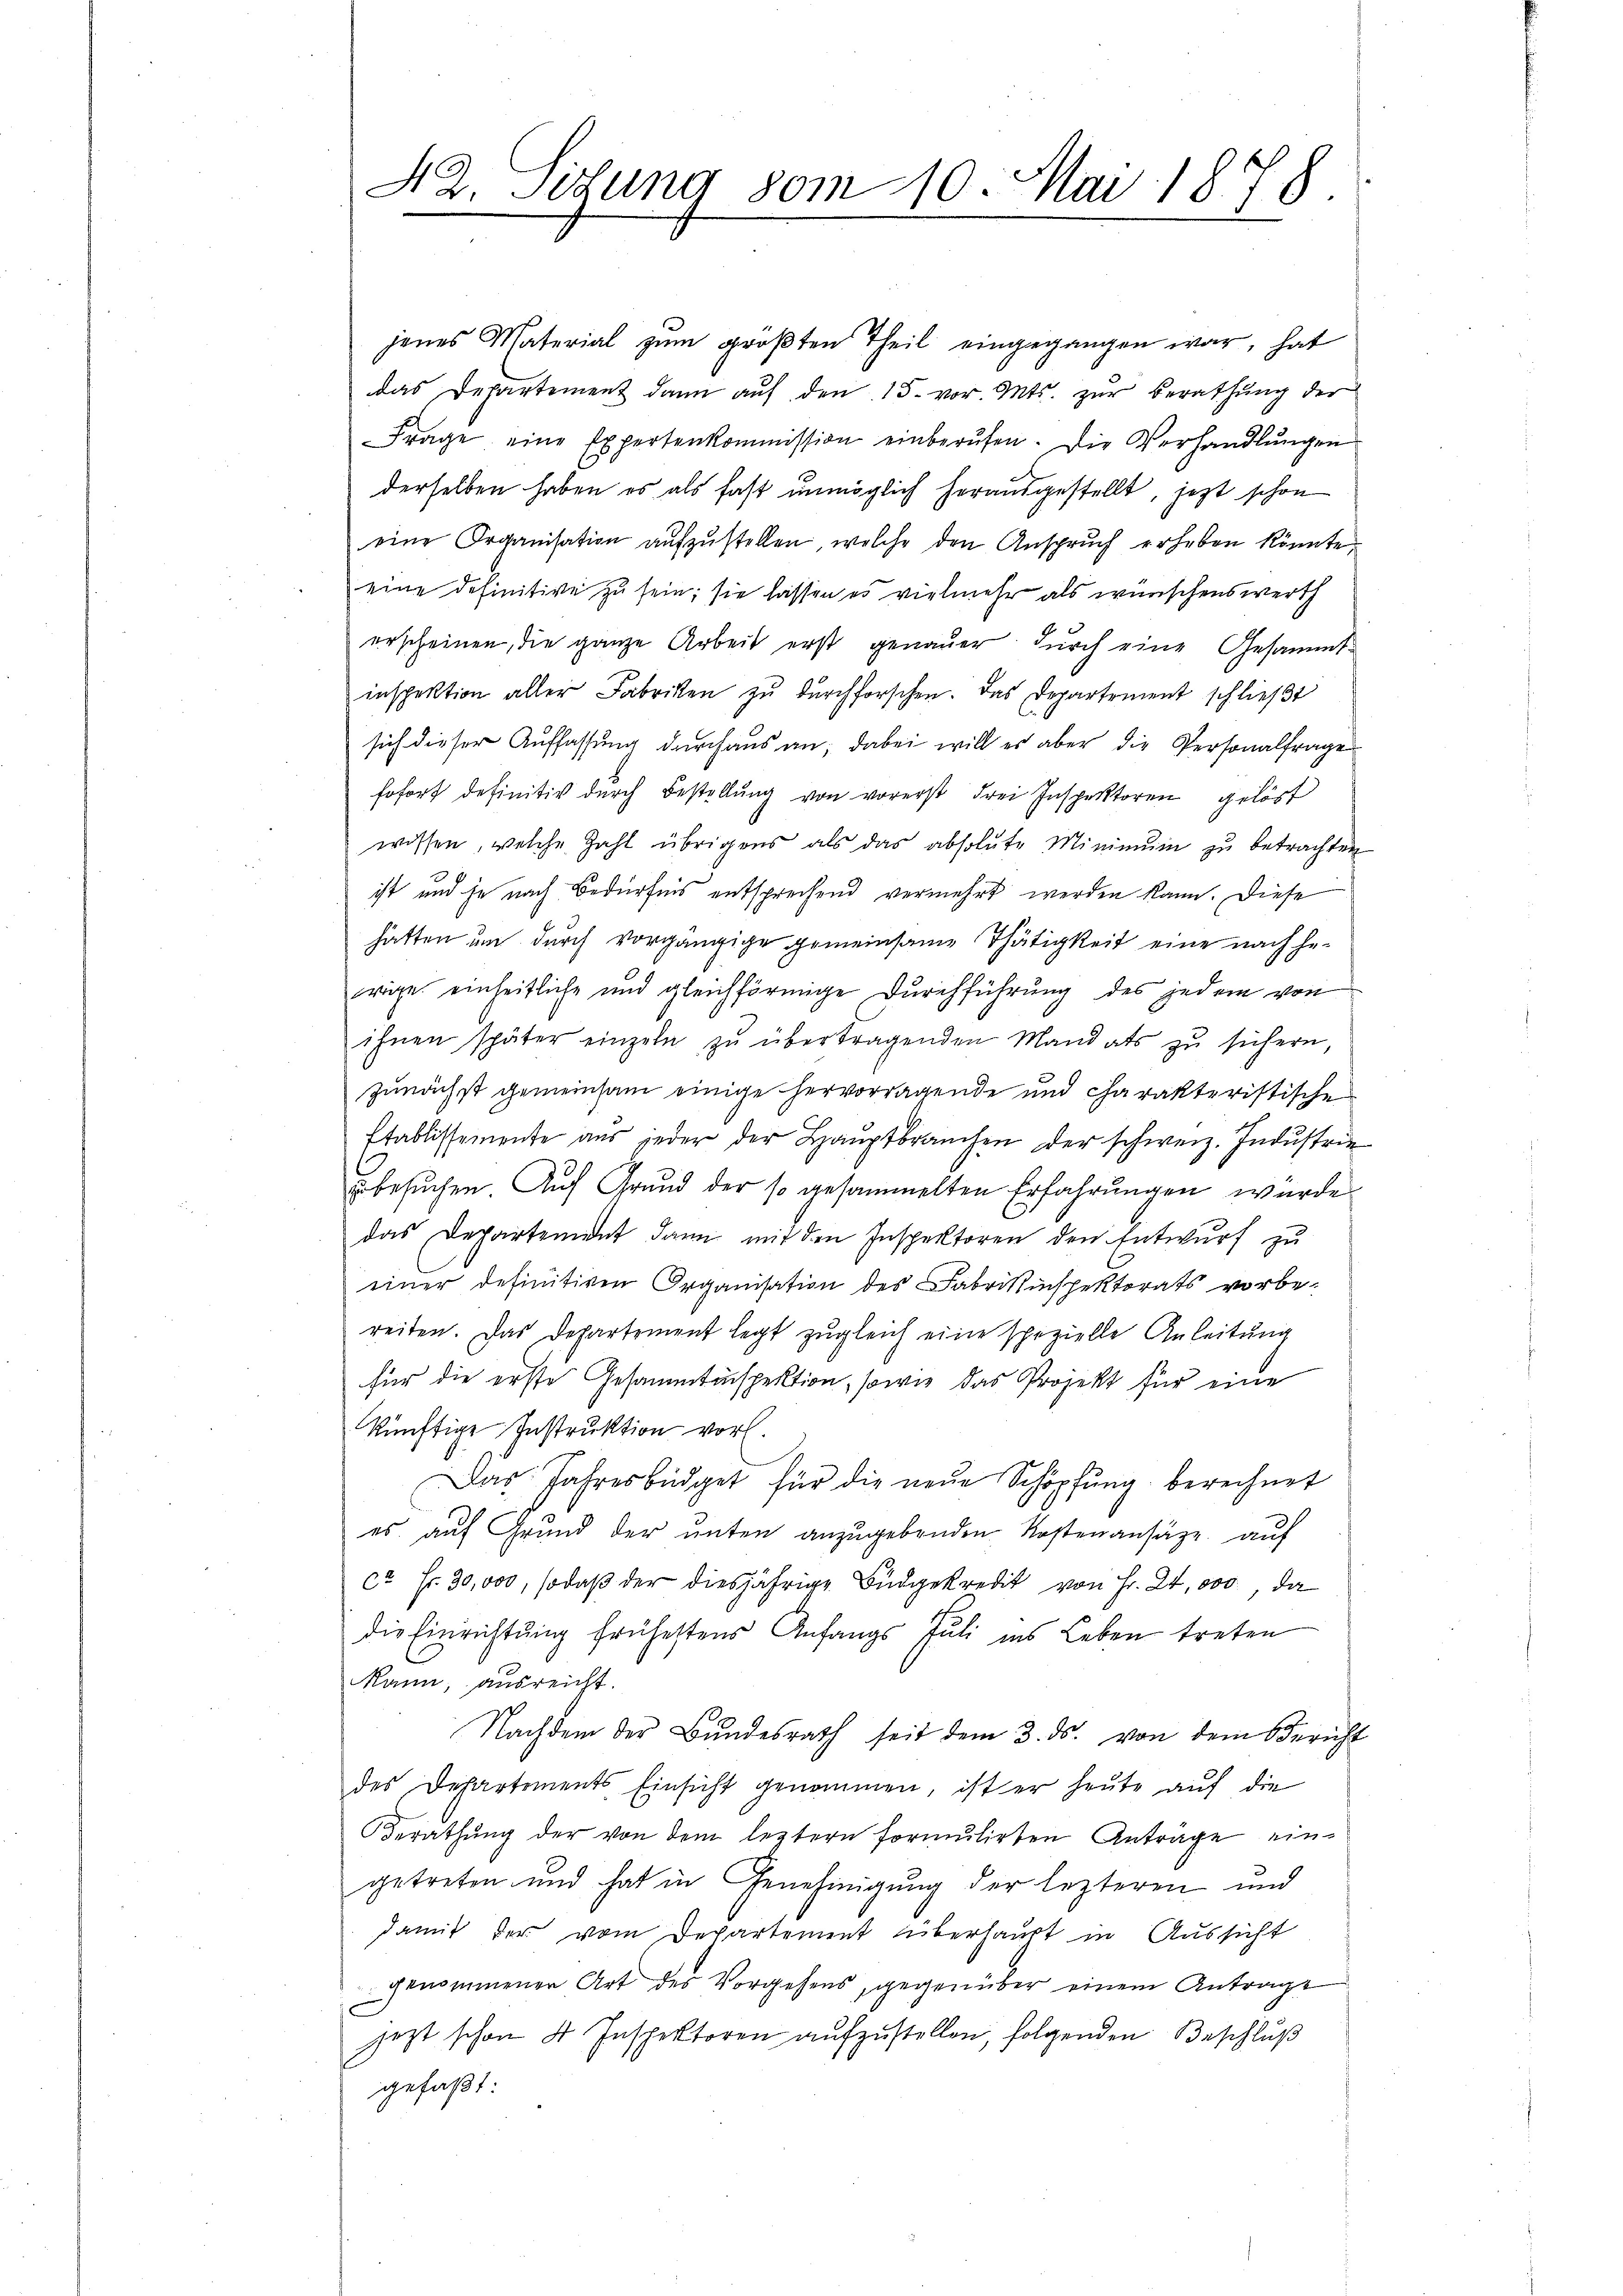
jenes Material zŭm gröβten Theil eingegangen war, hat
das Departement dann auf den 15. vor. Mts. zur Berathung der
Frage eine Expertenkommission einberufen. Die Verhandlŭngen
derselben haben es als fast unmöglich herausgestellt, jezt schon
eine Organisation aŭfzŭstellen, welche den Ansprŭch erheben könnte
eine definitive zu sein; sie lassen es vielmehr als wünschenswerth
erscheinen, die ganze Arbeit erst genauer durch eine Gesammt-
inspektion aller Fabriken zŭ dŭrchforschen. Das Departement schlieβt
sich dieser Auffassung durchaus an; dabei will es aber die Personalfragen
sofort definitiv dŭrch Bestellŭng von vorerst drei Inspektoren gelöst
wissen, welche Zahl übrigens als das absolute Minimŭm zŭ betrachten
ist und je nach Bedürfnis entsprechend vermehrt werden kann. Diese
hätten um durch vorgängige gemeinsame Thätigkeit eine nach herige einheitliche und gleichförmige Durchführung des jedem von
ihnen später einzeln zŭ übertragenden Mandats zŭ sichern,
zunächst gemeinsam einige hervorragende und charakteristische
Etablissemente aŭs jeder der Haŭptbraŭchen der schweiz. Indŭstrie
besuchen. Auf Grund der so gesammelten Erfahrungen würde
das Departement dann mit den Inspektoren den Entwurf zu
einer definitiven Organisation des Fabrikinspektorats vorbe-
reiten. Das Departement legt zŭgleich eine spezielle Anleitŭng
für die erste Gesammtinspektion, sowie das Projekt für eine
künftige Instruktion vor.
Das Jahresbüdget für die neue Schöpfung berechnet
es auf Grund der unten anzugebenden Kostenansätze auf
ca Fr. 30,000, so daβ der diesjährige Büdgekredit von Fr. 24,000, da
die Einrichtung frühestens Anfangs Juli ins Leben treten
kann, ausreicht.
Nachdem der Bundesrath seit dem 3. ds. von dem Bericht
des Departements Einsicht genommen, ist er heŭte aŭf die
Berathŭng der von dem leztern formŭlirten Anträge eingetreten und hat in Genehmigung der lezteren und
damit der vom Departement überhaupt in Aussicht
genommener Art des Vorgehens, gegenüber einem Antrage
jezt schon 4 Inspektoren aŭfzŭstellen, folgenden Beschlŭβ
gefaßt:

42. Sitzung vom 10. Mai 1878.